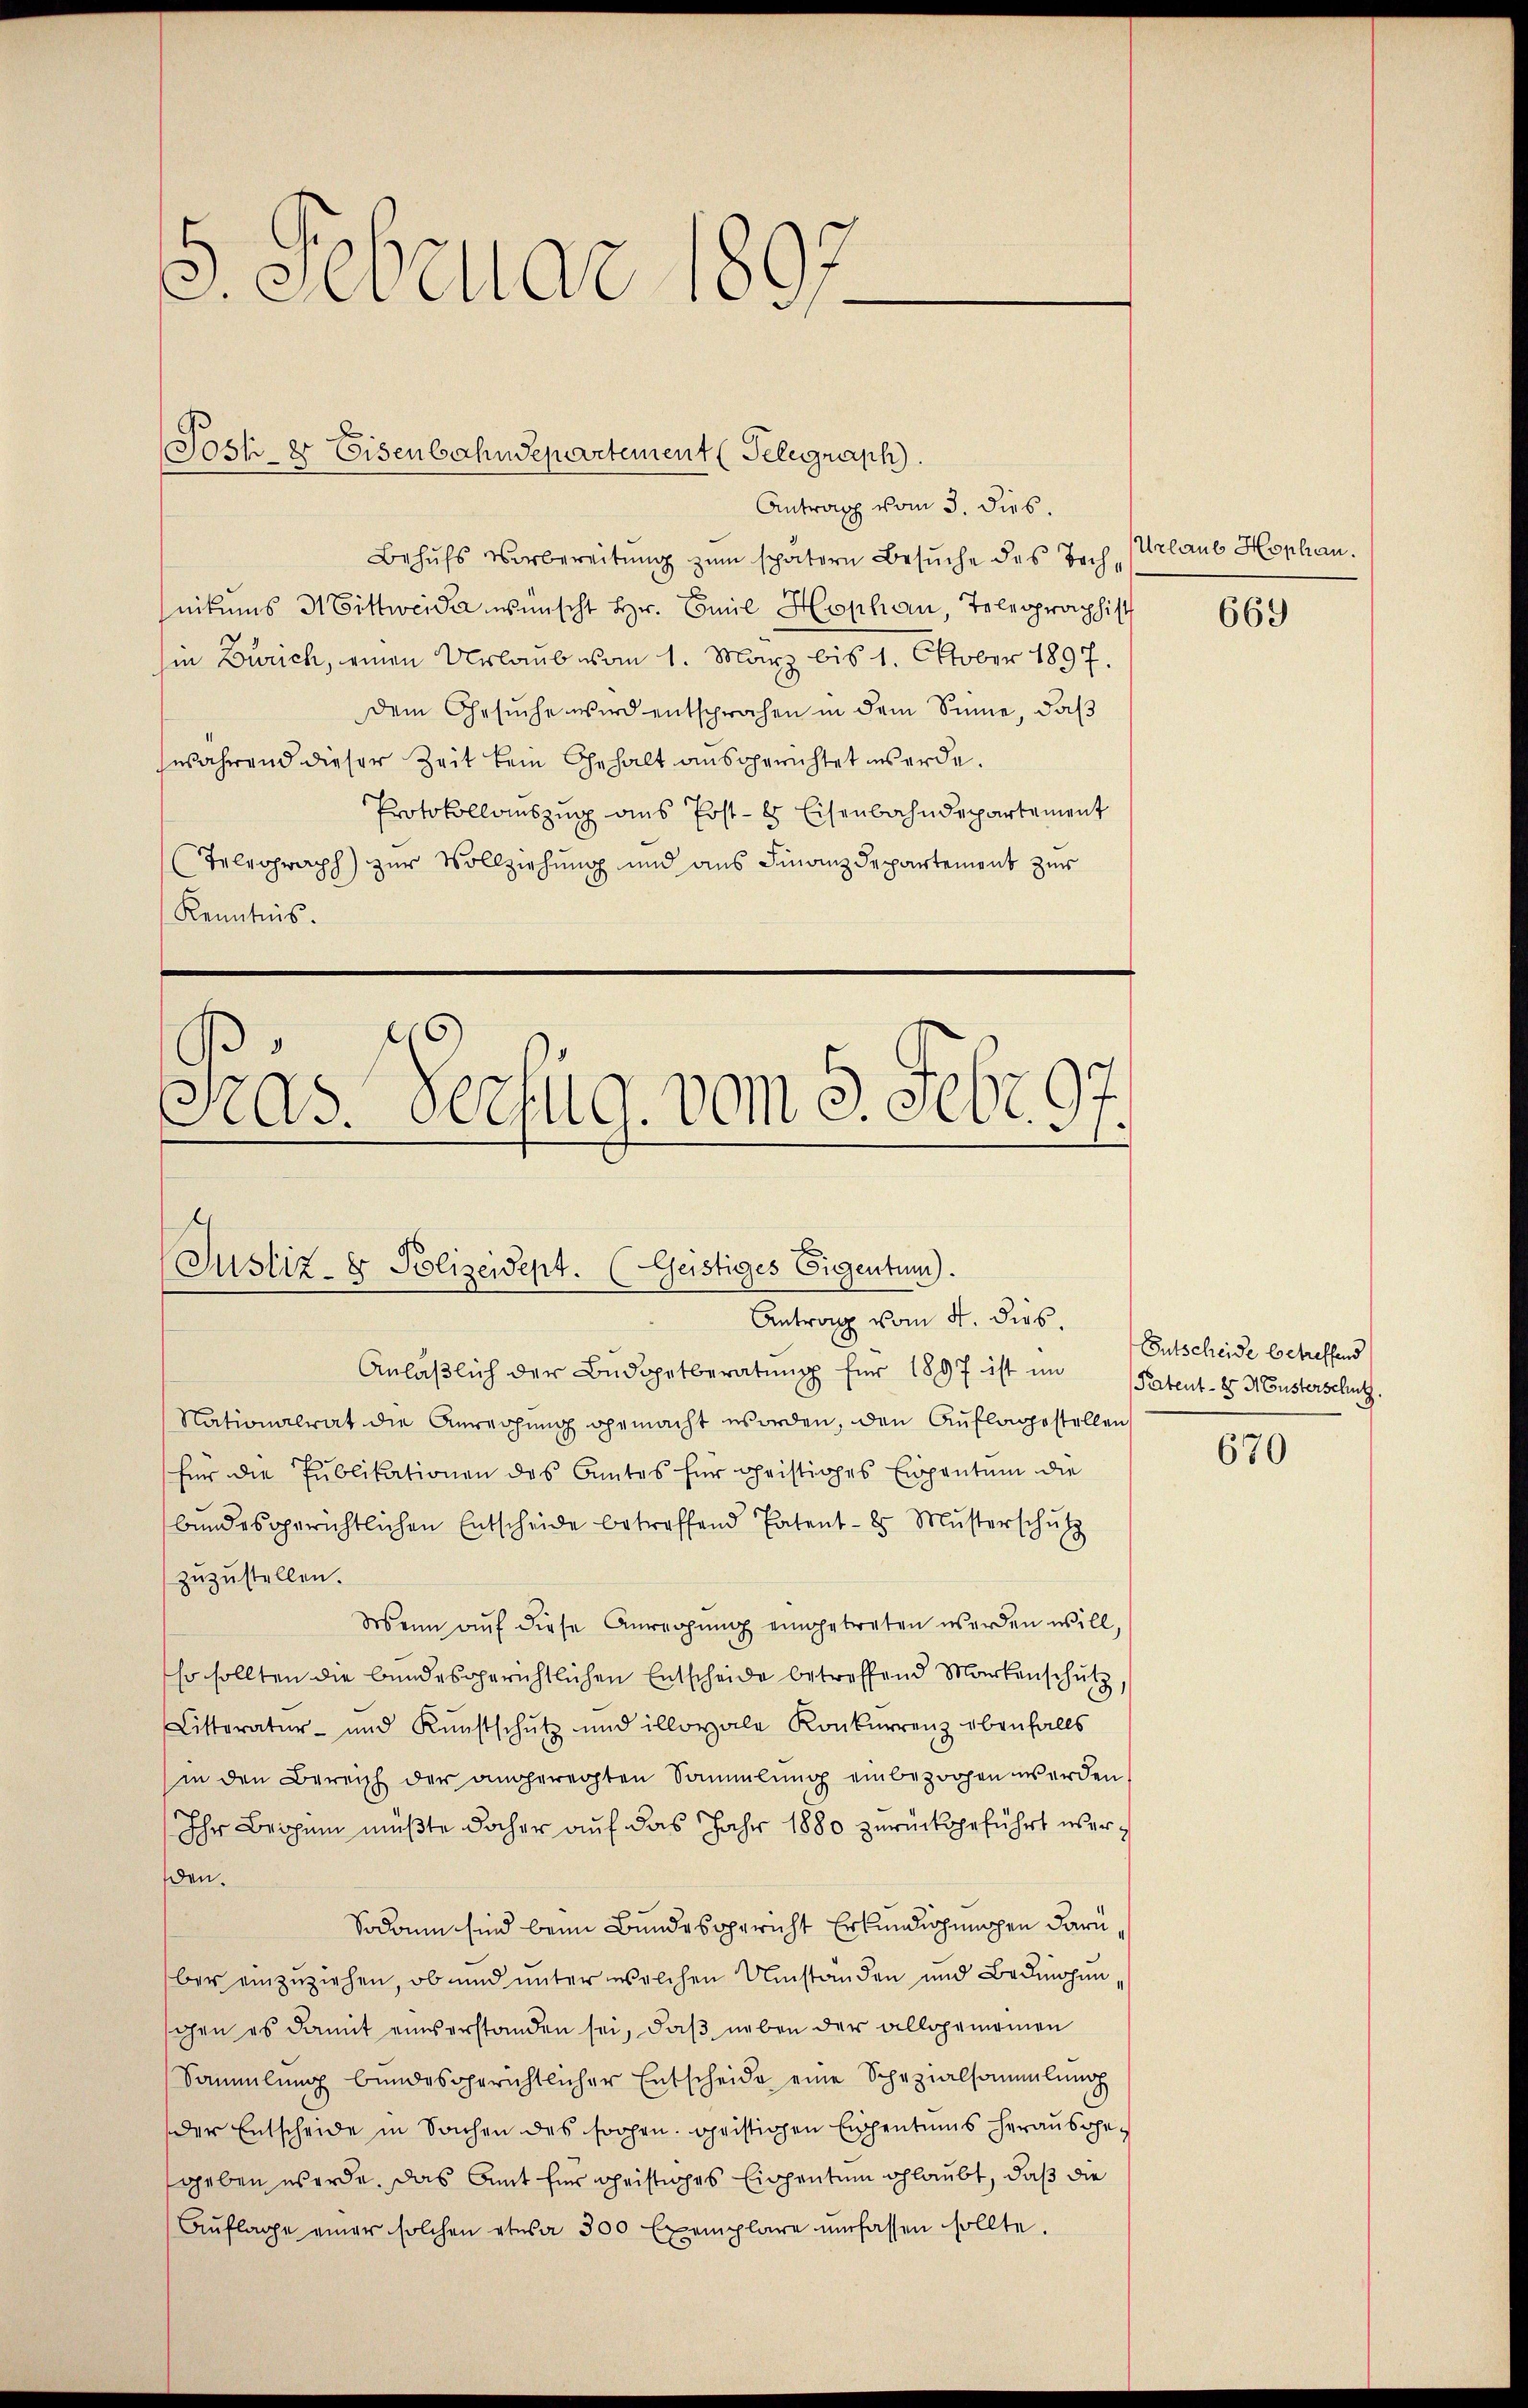
5. Februar 1897

Josse Eisenbahndepartement (Telegraph.
Antrag vom 3. dies.

Behŭfs Verbereitŭng zum schatern Besŭche des Technikums Mittweide wünscht Hr. Emil Hophan, Telegraphist
hin Zürich, einen Urlaub vom 1. März bis 1. Oktober 1897,
dem Gesŭche wird entsprachen in dem Sinne, daβ
während dieser Zeit kein Gehalt ausgerichtet werde.
Protokollauszug aus Post- & Eisenbahndepartement
Telegraph) zur Vollziehung und aus Finanzdepartement zur
Kenntnis.

(Justiz- & Polizeidept. (Geistiges Eigentum).
Antrag vom 4. dies

Präs. Verfüg vom 3. Febr. 97.

Anläβlich der Budapetberatŭng für 1897 ist im Patent- & Musterschutz.
Nationalrat die Anrechung gemacht worden, den Auflage stellen
für die Pŭblikationen des Cantes für Christiges Einpantum die
bundesgerichtlichen Entscheide betreffend Patent-Es Mŭsterschŭlz
zŭzŭstellen.
Wenn auf diese Anregung eingetreten werden will,
so sollten die bundesgerichtlichen Entscheide betreffend Markenschutz,
Litteratur- und Kunstschŭtz und illoyale Konkurrenz ebenfalls
in den Bereich der angeregten Sammlung einbezogen werden
Ihr Brohen müßte docher auf das Jahr 1880 zurückgeführt werden.
Sodann sind beim Bundesgericht Erkundigungen darüber einzuziehen, ob und unter welchen Umstanden und Bedinchen,
gen es damit einverstanden sei, daß neben der allgemeinen
Sammlung bundesgerichtlicher Entscheide eine Schazialsammlung
der Entscheide in Sachen des frohen geistigen Eigentums herausgegeben werde, das Amt fin geistiges Eingentum schlaubt, daß die
Aŭflage einer solchen etwa 300 Exemplare umfassen sollte.

Urlaub Hophan.

669

Entscheide betreffend
670